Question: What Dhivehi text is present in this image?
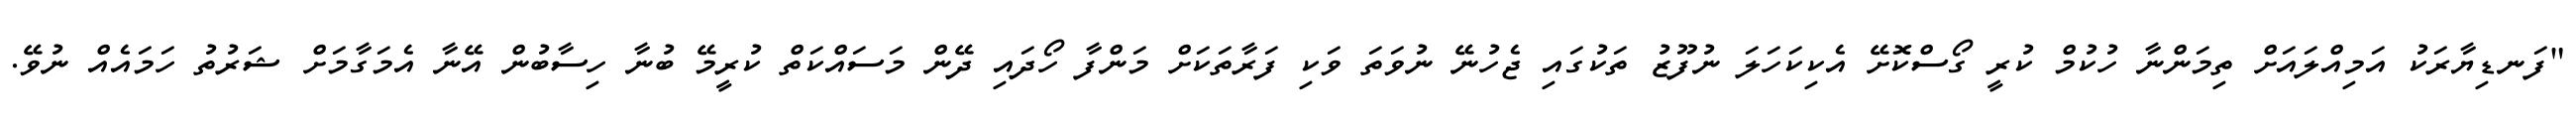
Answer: "ފަނޑިޔާރަކު އަމިއްލައަށް ތިމަންނާ ހުކުމް ކުރީ ގޯސްކޮށޭ އެކިކަހަލަ ނުފޫޒު ތަކުގައި ޖެހުނޭ ނުވަތަ ވަކި ފަރާތަކަށް މަންފާ ހޯދައި ދޭން މަސައްކަތް ކުރީމޭ ބުނާ ހިސާބުން އޭނާ އެމަގާމަށް ޝަރުތު ހަމައެއް ނުވޭ.